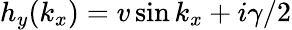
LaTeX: h_{y}(k_{x})=v\sin k_{x}+i\gamma/2